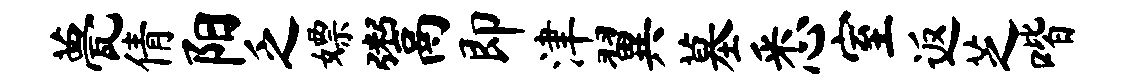
甍倩阳乏嫖鬻即津翼墓悉室返芝喈